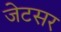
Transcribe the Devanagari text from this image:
जेटसर